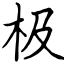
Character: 极